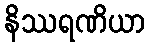
နိဿရဏိယာ